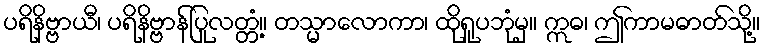
ပရိနိဗ္ဗာယီ၊ ပရိနိဗ္ဗာန်ပြုလတ္တံ့။ တသ္မာလောကာ၊ ထိုရူပဘုံမှ။ ဣဓ၊ ဤကာမဓာတ်သို့။